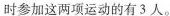
时参加这两项运动的有3人。